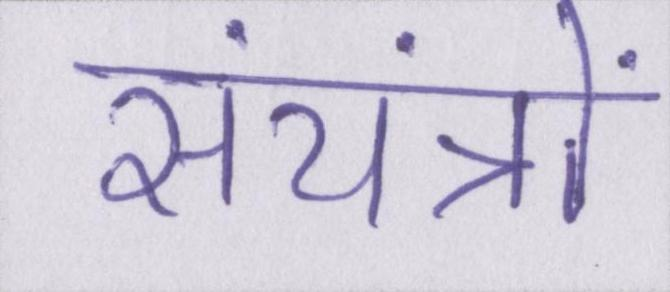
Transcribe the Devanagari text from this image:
संयंत्रों